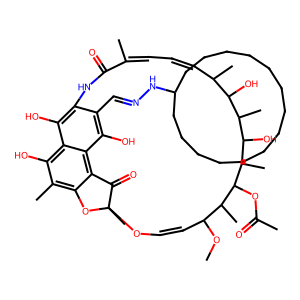
SMILES: COC1C=COC2(C)Oc3c(C)c(O)c4c(O)c(c(C=NNC5CCCCCCCCCCCCCC5)c(O)c4c3C2=O)NC(=O)C(C)=CC=CC(C)C(O)C(C)C(O)C(C)C(OC(C)=O)C1C
Inhibits HIV replication: No